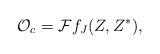
LaTeX: \begin{align*}{\cal O}_c={\cal F}f_J(Z,Z^\ast),\end{align*}